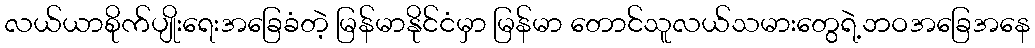
လယ်ယာစိုက်ပျိုးရေးအခြေခံတဲ့ မြန်မာနိုင်ငံမှာ မြန်မာ တောင်သူလယ်သမားတွေရဲ့ဘဝအခြေအနေ